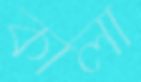
কালা